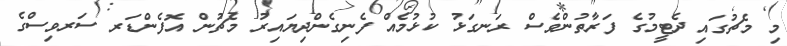
މި މެޗުގައި ދެޓީމުގެ ފަރާތުންވެސް ރަނގަޅު ކުޅުމެއް ފެނިގެންދިޔައިރު މެޗުން އޮފެންޑަރ ސަރވިސްގެ